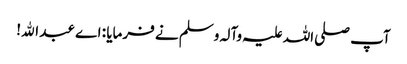
آپ صلی اللہ علیہ وآلہ وسلم نے فرمایا : اے عبد اﷲ!